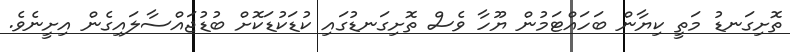
ތޮށިގަނޑު މަތީ ކިޔާން ބަހައްޓަމުން ޔޫހާ ވެސް ތޮށިގަނޑުގައި ކުޑަކުޑަކޮށް ބުޑުޖައްސާލައިގެން އިށީނެވެ.